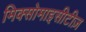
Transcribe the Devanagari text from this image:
मिक्सोमाइसीटीज़